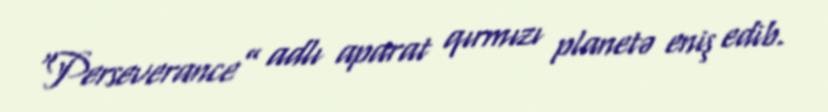
“Perseverance” adlı aparat qırmızı planetə eniş edib.